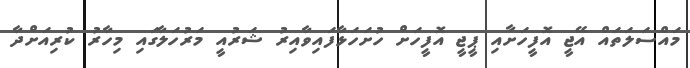
މައްސަލަތައް އޭޖީ އޮފީހަށާއި ޕީޖީ އޮފީހަށް ހުށަހަޅާފައިވާއިރު ޝަރުއީ މަރުހަލާގައި މިހާރު ކުރިއަށްދާ